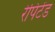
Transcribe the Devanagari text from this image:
रेपिटेंड